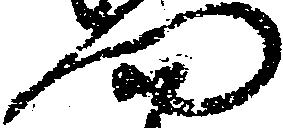
門